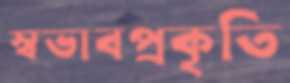
স্বভাবপ্রকৃতি